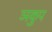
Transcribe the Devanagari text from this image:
ञकुप